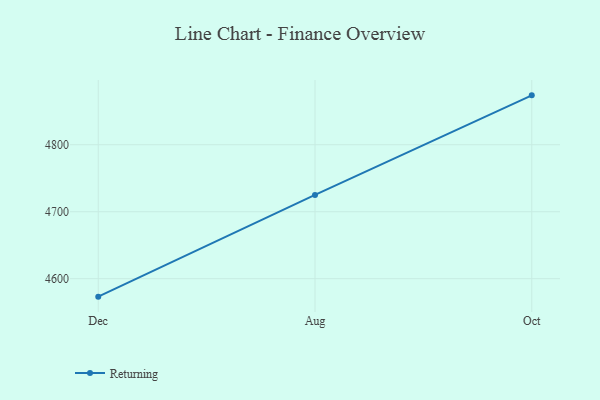
{"axis": {"x": "Month", "y": "Inventory Turnover"}, "legend": ["Returning"], "data": [{"x": "Dec", "y": 4573.2, "type": "Returning"}, {"x": "Aug", "y": 4725.1, "type": "Returning"}, {"x": "Oct", "y": 4873.7, "type": "Returning"}]}